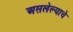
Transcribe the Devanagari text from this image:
असलेल्याचे